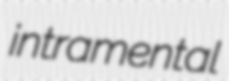
intramental